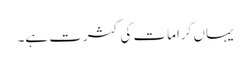
یہاں کرامات کی کثرت ہے۔